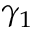
\gamma _ { 1 }